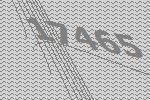
17465